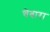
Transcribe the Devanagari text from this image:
चेबारा